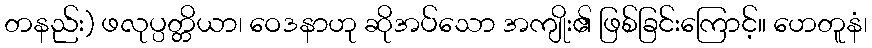
တနည်း) ဖလုပ္ပတ္တိယာ၊ ဝေဒနာဟု ဆိုအပ်သော အကျိုး၏ ဖြစ်ခြင်းကြောင့်။ ဟေတူနံ၊